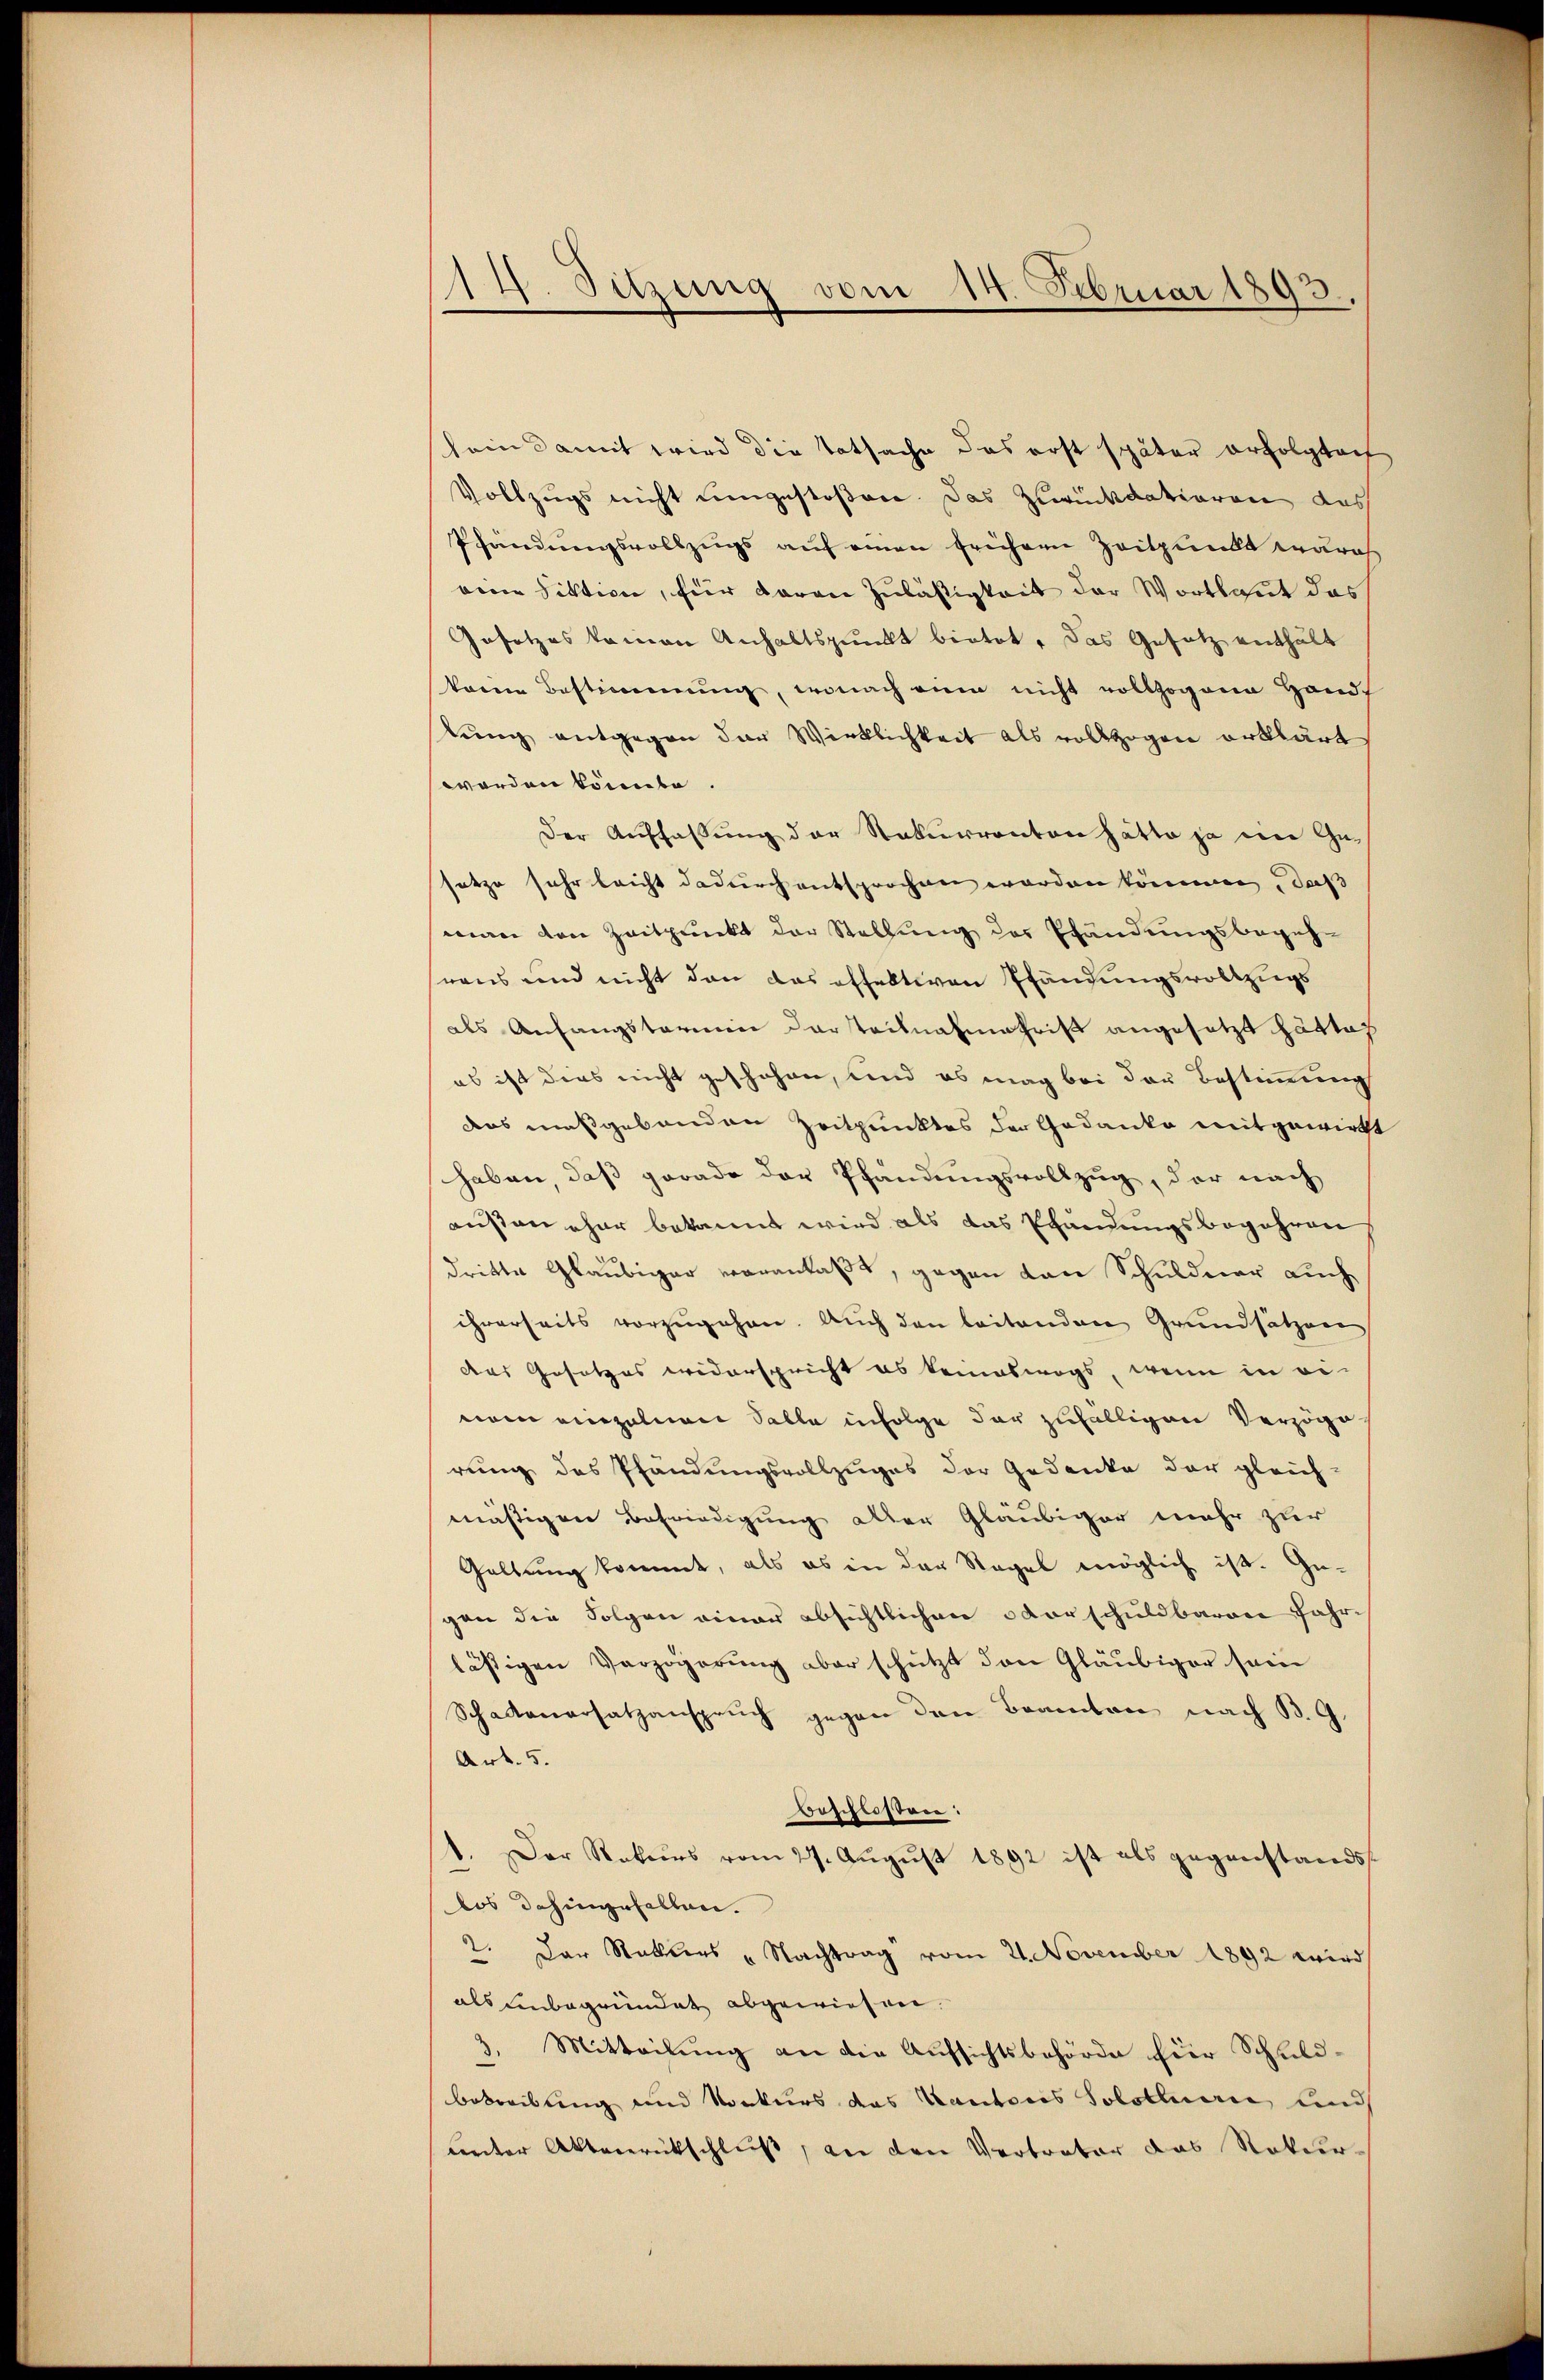
14. Sitzung vom 14. Februar 1893.

sein damit wird die Tatsache das erst später erfolgtach
Vollzugs nicht eingestoßen. Das Zurückdatioren das
Pfändungsvollzugs auf einen frühern Zeitpunkt erdros
vinen Fiktion, für daran Zuläßigkeit der Wortlaut das
Gesetzes kamen Anhaltspunkt bietet, das Gesetz enthält
kane Bestimmung, wonach ein nicht vollzogene Handf
kung entgegen der Wirklichkeit als vollzogen erklärt
worden könnte.
Der Auffaßung der Naturrenten hätte ja eine Gesetze sehr leicht dadurch entsprochen worden können, daß
man den Zeitpunkt der Stellung der Pfändungsbegeh-
rens und nicht dann das offektiven Pfändungsvollzugs
als Anfangstarii der Teilnahmetrift angesetzt hätte,
es ist dies nicht geschehen, und es mag bei der Bestimmung
das maßgebenden Zeitpunktes der Gedanke mitgewirkt
haben, daß gerade der Pfändungsvollzug, der nach
ausen eher bekannt wird als das Pfändungsbegehren
dritte Gläubiger veranlaßt, gegen von Schuldner auch
ihrerseits vorzugehen. Auch den leitenden Grundsätzen
das Gesetzes widerspricht es keineswegs, wenn in einom einzelnen Salle infolge der zufälligen Verzöge
rung des Pfändungsvollzuges der Gedanke der gleich-
mäßigen Befriedigung aller Gläubiger mehr zur
Geltung kommt, als es in der Regel möglich ist. Ge-
gen die Folgen einer absichtlichen Vorschuldbaren Jahrlästigen Verzögerung aber schützt den Gläubiger sein
Schattenersatzanspruch gegen den Beamten nach B. G.
Art. 5.
beschlossen:
1. Der Rekurs vom 27. August 1892 ist als gegenstands
los dahingefallen.
2. Der Statters „Nachtrag vom 21. November 1892 wird
als Einbegründet abgewiesen.
3. Mitteilung an die Aufsichtsbehörde hier Schuld-
betreibung und Konkurs das Kantons Solotlerie und
center Aktenrückschluß, an den Vertreter das Natur¬